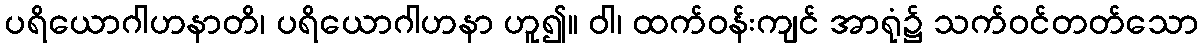
ပရိယောဂါဟနာတိ၊ ပရိယောဂါဟနာ ဟူ၍။ ဝါ၊ ထက်ဝန်းကျင် အာရုံ၌ သက်ဝင်တတ်သော